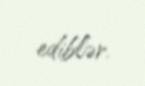
ediblər.